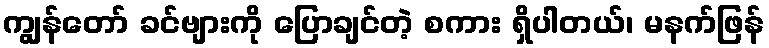
ကျွန်တော် ခင်ဗျားကို ပြောချင်တဲ့ စကား ရှိပါတယ်၊ မနက်ဖြန်